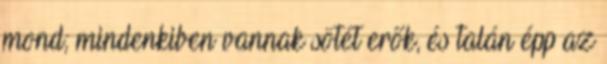
mond; mindenkiben vannak sötét erők, és talán épp az